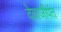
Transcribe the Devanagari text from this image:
देवाजीपंत